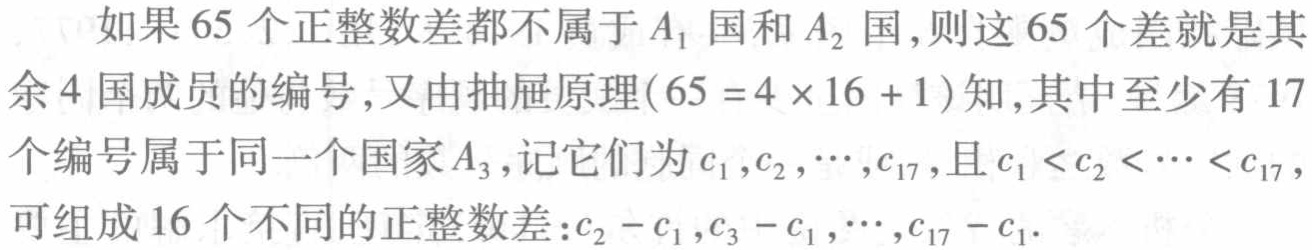
如果65个正整数差都不属于\(A_1\)国和\(A_2\)国，则这65个差就是其余4国成员的编号，又由抽屉原理(\(65 = 4\times16 + 1\))知，其中至少有17个编号属于同一个国家\(A_3\)，记它们为\(c_1,c_2,\cdots,c_{17}\)，且\(c_1 < c_2 < \cdots < c_{17}\)，可组成16个不同的正整数差：\(c_2 - c_1,c_3 - c_1,\cdots,c_{17} - c_1\).